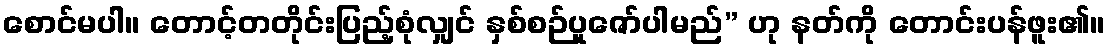
စောင်မပါ။ တောင့်တတိုင်းပြည့်စုံလျှင် နှစ်စဉ်ပူဇော်ပါမည်” ဟု နတ်ကို တောင်းပန်ဖူး၏။